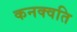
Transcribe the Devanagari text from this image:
कनक्वति